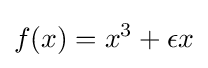
f(x)=x^{3}+\epsilon x